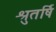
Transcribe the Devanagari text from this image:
श्रुतर्षि